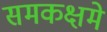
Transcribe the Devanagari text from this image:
समकक्षमे